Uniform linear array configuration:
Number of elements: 8
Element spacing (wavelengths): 1
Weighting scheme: cosine
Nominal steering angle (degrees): -30
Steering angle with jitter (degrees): -31.941
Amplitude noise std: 0.05
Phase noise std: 0.05

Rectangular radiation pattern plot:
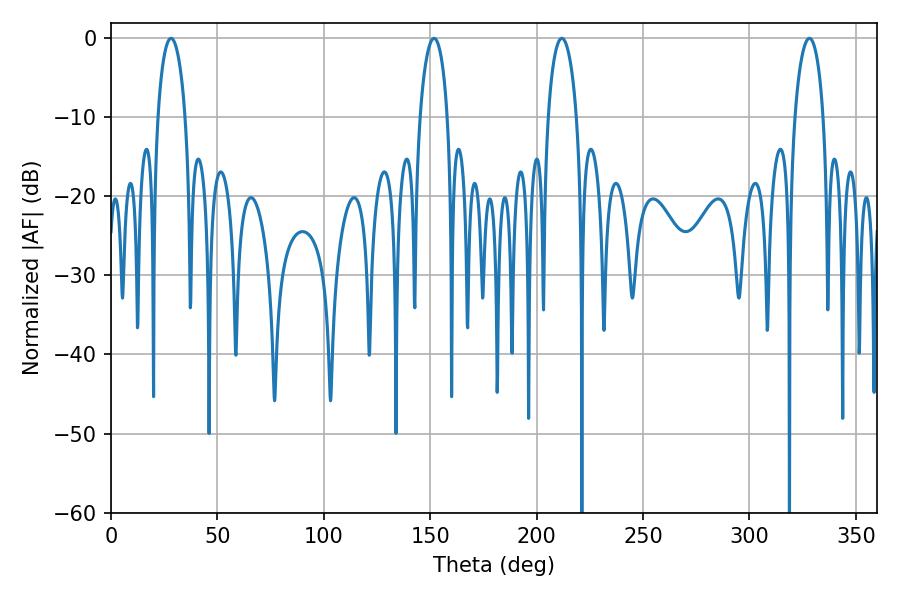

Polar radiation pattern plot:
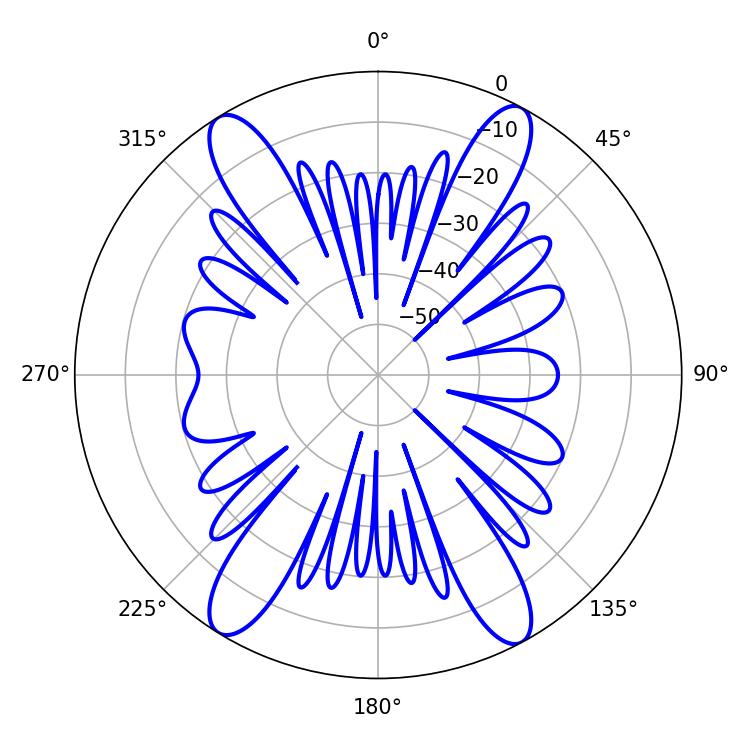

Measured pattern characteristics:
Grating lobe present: TRUE
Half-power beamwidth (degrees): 7.74
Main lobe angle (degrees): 211.86